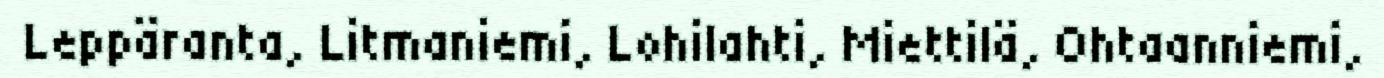
Leppäranta, Litmaniemi, Lohilahti, Miettilä, Ohtaanniemi,